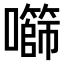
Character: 𫬧